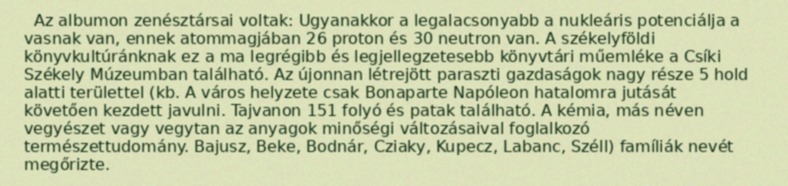
Az albumon zenésztársai voltak: Ugyanakkor a legalacsonyabb a nukleáris potenciálja a vasnak van, ennek atommagjában 26 proton és 30 neutron van. A székelyföldi könyvkultúránknak ez a ma legrégibb és legjellegzetesebb könyvtári műemléke a Csíki Székely Múzeumban található. Az újonnan létrejött paraszti gazdaságok nagy része 5 hold alatti területtel (kb. A város helyzete csak Bonaparte Napóleon hatalomra jutását követően kezdett javulni. Tajvanon 151 folyó és patak található. A kémia, más néven vegyészet vagy vegytan az anyagok minőségi változásaival foglalkozó természettudomány. Bajusz, Beke, Bodnár, Cziaky, Kupecz, Labanc, Széll) famíliák nevét megőrizte.